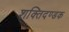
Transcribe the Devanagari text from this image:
शक्तिदण्डक